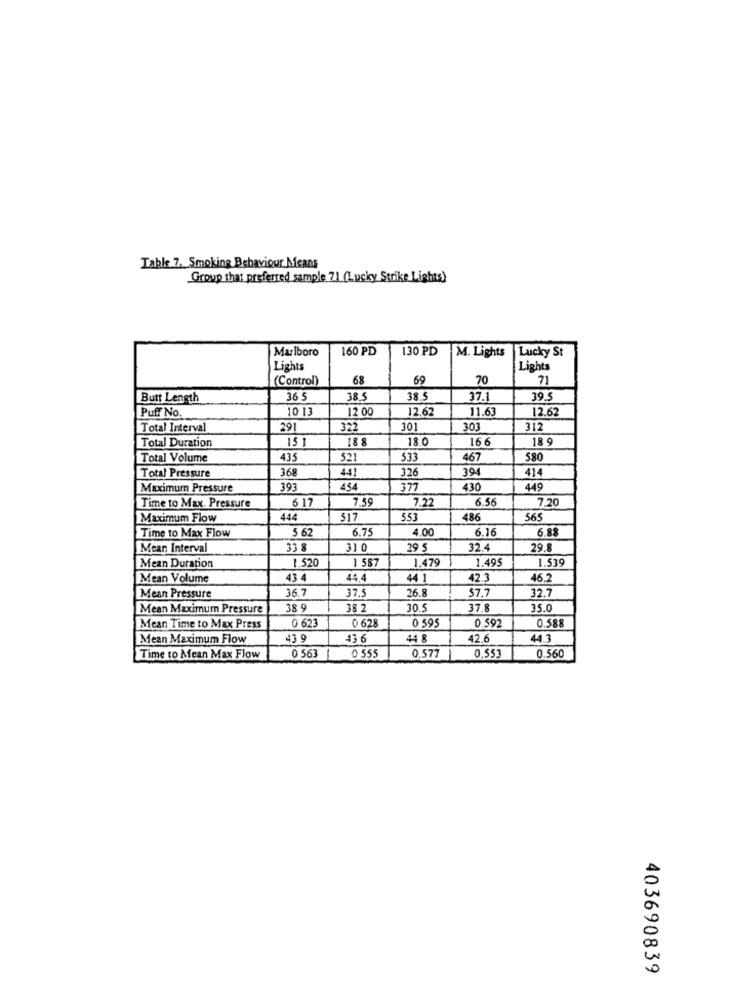
Table 7, Smoking Behaviour Means
Group that preferred sample 71 (Lucky Strike Lights)
Marlboro
160 PD
130 PD
M. Lights
Lucky St
Lights
Lights
(Control)
68
69
70
71
Butt Length
36 5
38.5
38.5
37.1
39.5
Puff No.
10 13
12 00
12.62
11.63
12.62
Total Interval
291
322
301
303
312
Total Duration
15]
18 8
18.0
166
18 9
Total Volume
435
521
533
467
580
368
326
39
Total Pressure
441
414
Maximum Pressure
393
454
377
430
449
Time to Max. Pressure
6 17
7.59
7.22
6.56
7.20
Maximum Flow
444
517
553
486
565
Time to Max Flow
5 62
6.75
4.00
6.16
6.88
Mean Interval
33
31 0
29 5
32.4
29.8
1.520
1 587
1.479
1.495
1.539
Mean Duration
Mean Volume
43 4
44.4
44 1
42.3
46.2
36.7
37.5
26.8
$7.7
32.7
Mean Pressure
Mean Maximum Pressure
38 9
38 2
30.5
37.8
35.0
0 623
0 628
0 595
0.592
0.588
Mean Time to Max Press
Mean Maximum Flow
43 9
43 6
44 8
42.6
44.3
0 563
Time to Mean Max Flow
0 555
0.577
0,553
0.560
403690839